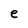
Character: e